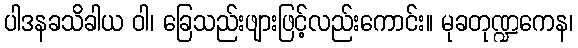
ပါဒနခသိခါယ ဝါ၊ ခြေသည်းဖျားဖြင့်လည်းကောင်း။ မုခတုဏ္ဍကေန၊